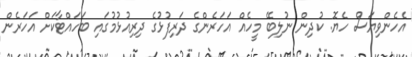
އެހެންވިޔަސް ހެޔޮ. ކުދިން ނުލިބޭ މީހެއް އަހަރެންގެ ދަރިފުޅުގެ ދިރިއުޅުމުގައި ބަހައްޓާކަށް އަހަރެން